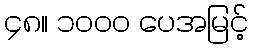
၄၈။ ၁၀၀၀ ပေအမြင့်